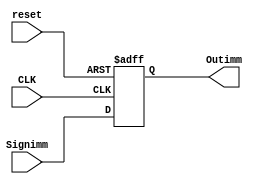
`timescale 1ns / 1ps
//////////////////////////////////////////////////////////////////////////////////
// Company: 
// Engineer: 
// 
// Design Name: 
// Module Name: Storeimm
// Project Name: 
// Target Devices: 
// Tool Versions: 
// Description: 
// 
// Dependencies: 
// 
// Revision:
// Revision 0.01 - File Created
// Additional Comments:
// 
//////////////////////////////////////////////////////////////////////////////////


module Storeimm(Signimm,CLK,Outimm,reset

    );
    input [31:0]Signimm;
    input CLK,reset;
    output reg[31:0]Outimm;
    always@(posedge CLK or negedge reset)
    begin
    if(!reset)
    begin
    Outimm=32'b0;
    end
    else begin
    Outimm=Signimm;
    end
    end
endmodule